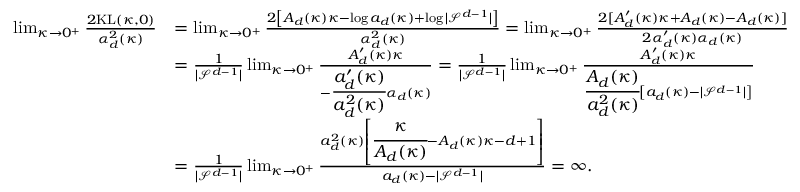
\begin{array} { r l } { \operatorname* { l i m } _ { \kappa \rightarrow 0 ^ { + } } \frac { 2 \mathrm { K L } ( \kappa , 0 ) } { \alpha _ { d } ^ { 2 } ( \kappa ) } } & { = \operatorname* { l i m } _ { \kappa \rightarrow 0 ^ { + } } \frac { 2 \left[ A _ { d } ( \kappa ) \kappa - \log a _ { d } ( \kappa ) + \log | \mathcal { S } ^ { d - 1 } | \right] } { \alpha _ { d } ^ { 2 } ( \kappa ) } = \operatorname* { l i m } _ { \kappa \rightarrow 0 ^ { + } } \frac { 2 [ A _ { d } ^ { \prime } ( \kappa ) \kappa + A _ { d } ( \kappa ) - A _ { d } ( \kappa ) ] } { 2 \alpha _ { d } ^ { \prime } ( \kappa ) \alpha _ { d } ( \kappa ) } } \\ & { = \frac { 1 } { | \mathcal { S } ^ { d - 1 } | } \operatorname* { l i m } _ { \kappa \rightarrow 0 ^ { + } } \frac { A _ { d } ^ { \prime } ( \kappa ) \kappa } { - \cfrac { a _ { d } ^ { \prime } ( \kappa ) } { a _ { d } ^ { 2 } ( \kappa ) } \alpha _ { d } ( \kappa ) } = \frac { 1 } { | \mathcal { S } ^ { d - 1 } | } \operatorname* { l i m } _ { \kappa \rightarrow 0 ^ { + } } \frac { A _ { d } ^ { \prime } ( \kappa ) \kappa } { \cfrac { A _ { d } ( \kappa ) } { a _ { d } ^ { 2 } ( \kappa ) } \left[ a _ { d } ( \kappa ) - | \mathcal { S } ^ { d - 1 } | \right] } } \\ & { = \frac { 1 } { | \mathcal { S } ^ { d - 1 } | } \operatorname* { l i m } _ { \kappa \rightarrow 0 ^ { + } } \frac { a _ { d } ^ { 2 } ( \kappa ) \left[ \cfrac { \kappa } { A _ { d } ( \kappa ) } - A _ { d } ( \kappa ) \kappa - d + 1 \right] } { a _ { d } ( \kappa ) - | \mathcal { S } ^ { d - 1 } | } = \infty . } \end{array}